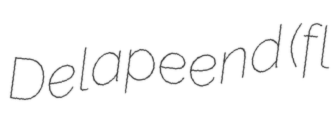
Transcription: Delapeend (fl